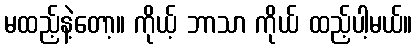
မထည့်နဲ့တော့။ ကိုယ့် ဘာသာ ကိုယ် ထည့်ပါ့မယ်။